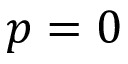
p = 0